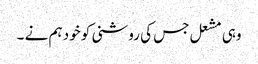
وہی مشعل جس کی روشنی کو خود ہم نے ۔